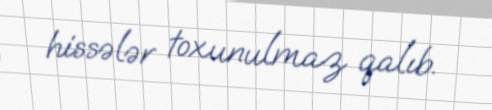
hissələr toxunulmaz qalıb.